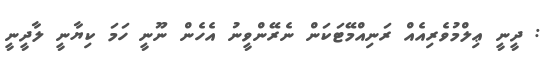
: ދީނީ ޢިލްމުވެރިއެއް ރަނިއްމޭޓަކަން ނެރޭންވީނު އެހެން ނޫނީ ހަމަ ކިޔާނީ ލާދީނީ